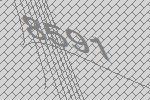
8591